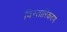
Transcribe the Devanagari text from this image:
विस्तारिकरण